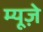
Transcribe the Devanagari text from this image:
म्यूज़े